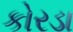
કોરડા